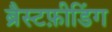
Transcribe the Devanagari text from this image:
ब्रैस्टफ़ीडिंग